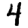
Digit: 4